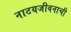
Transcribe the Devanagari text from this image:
नाटयजीवनाची